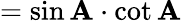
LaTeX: =\sin\mathbf{A}\cdot\cot\mathbf{A}